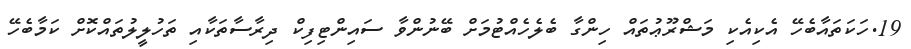
19.ހަކަތައާބެހޭ އެކިއެކި މަޝްރޫޢުތައް ހިންގާ ބެލެހެއްޓުމަށް ބޭނުންވާ ސައިންޓިފިކް ދިރާސާތަކާއި ތަހުލީލުތައްކޮށް ކަމާބެހޭ